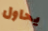
يحاول